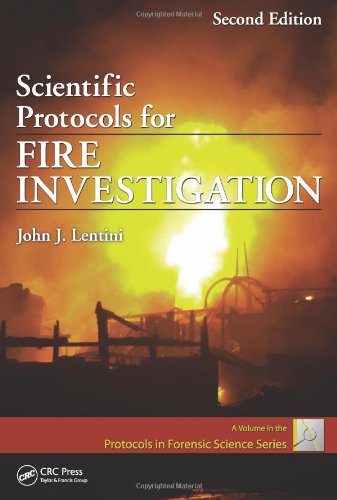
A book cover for Scientific Protocols for Fire Investigation, Second Edition (Protocols in Forensic Science); John J. Lentini; Law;